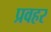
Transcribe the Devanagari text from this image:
प्रवहर